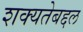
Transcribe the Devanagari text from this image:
शक्यतेबद्दल